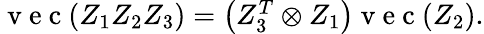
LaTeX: \begin{array}{r}{\mathrm{~v~e~c~}(Z_{1}Z_{2}Z_{3})=\big(Z_{3}^{T}\otimes Z_{1}\big)\mathrm{~v~e~c~}(Z_{2}).}\end{array}